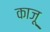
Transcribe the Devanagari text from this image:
काज़ू